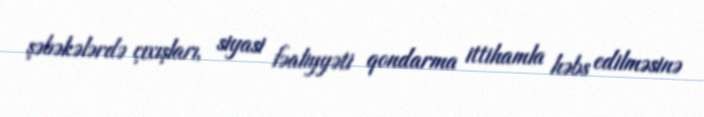
şəbəkələrdə çıxışları, siyasi fəaliyyəti qondarma ittihamla həbs edilməsinə